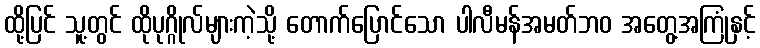
ထို့ပြင် သူ့တွင် ထိုပုဂ္ဂိုလ်များကဲ့သို့ တောက်ပြောင်သော ပါလီမန်အမတ်ဘဝ အတွေ့အကြုံနှင့်